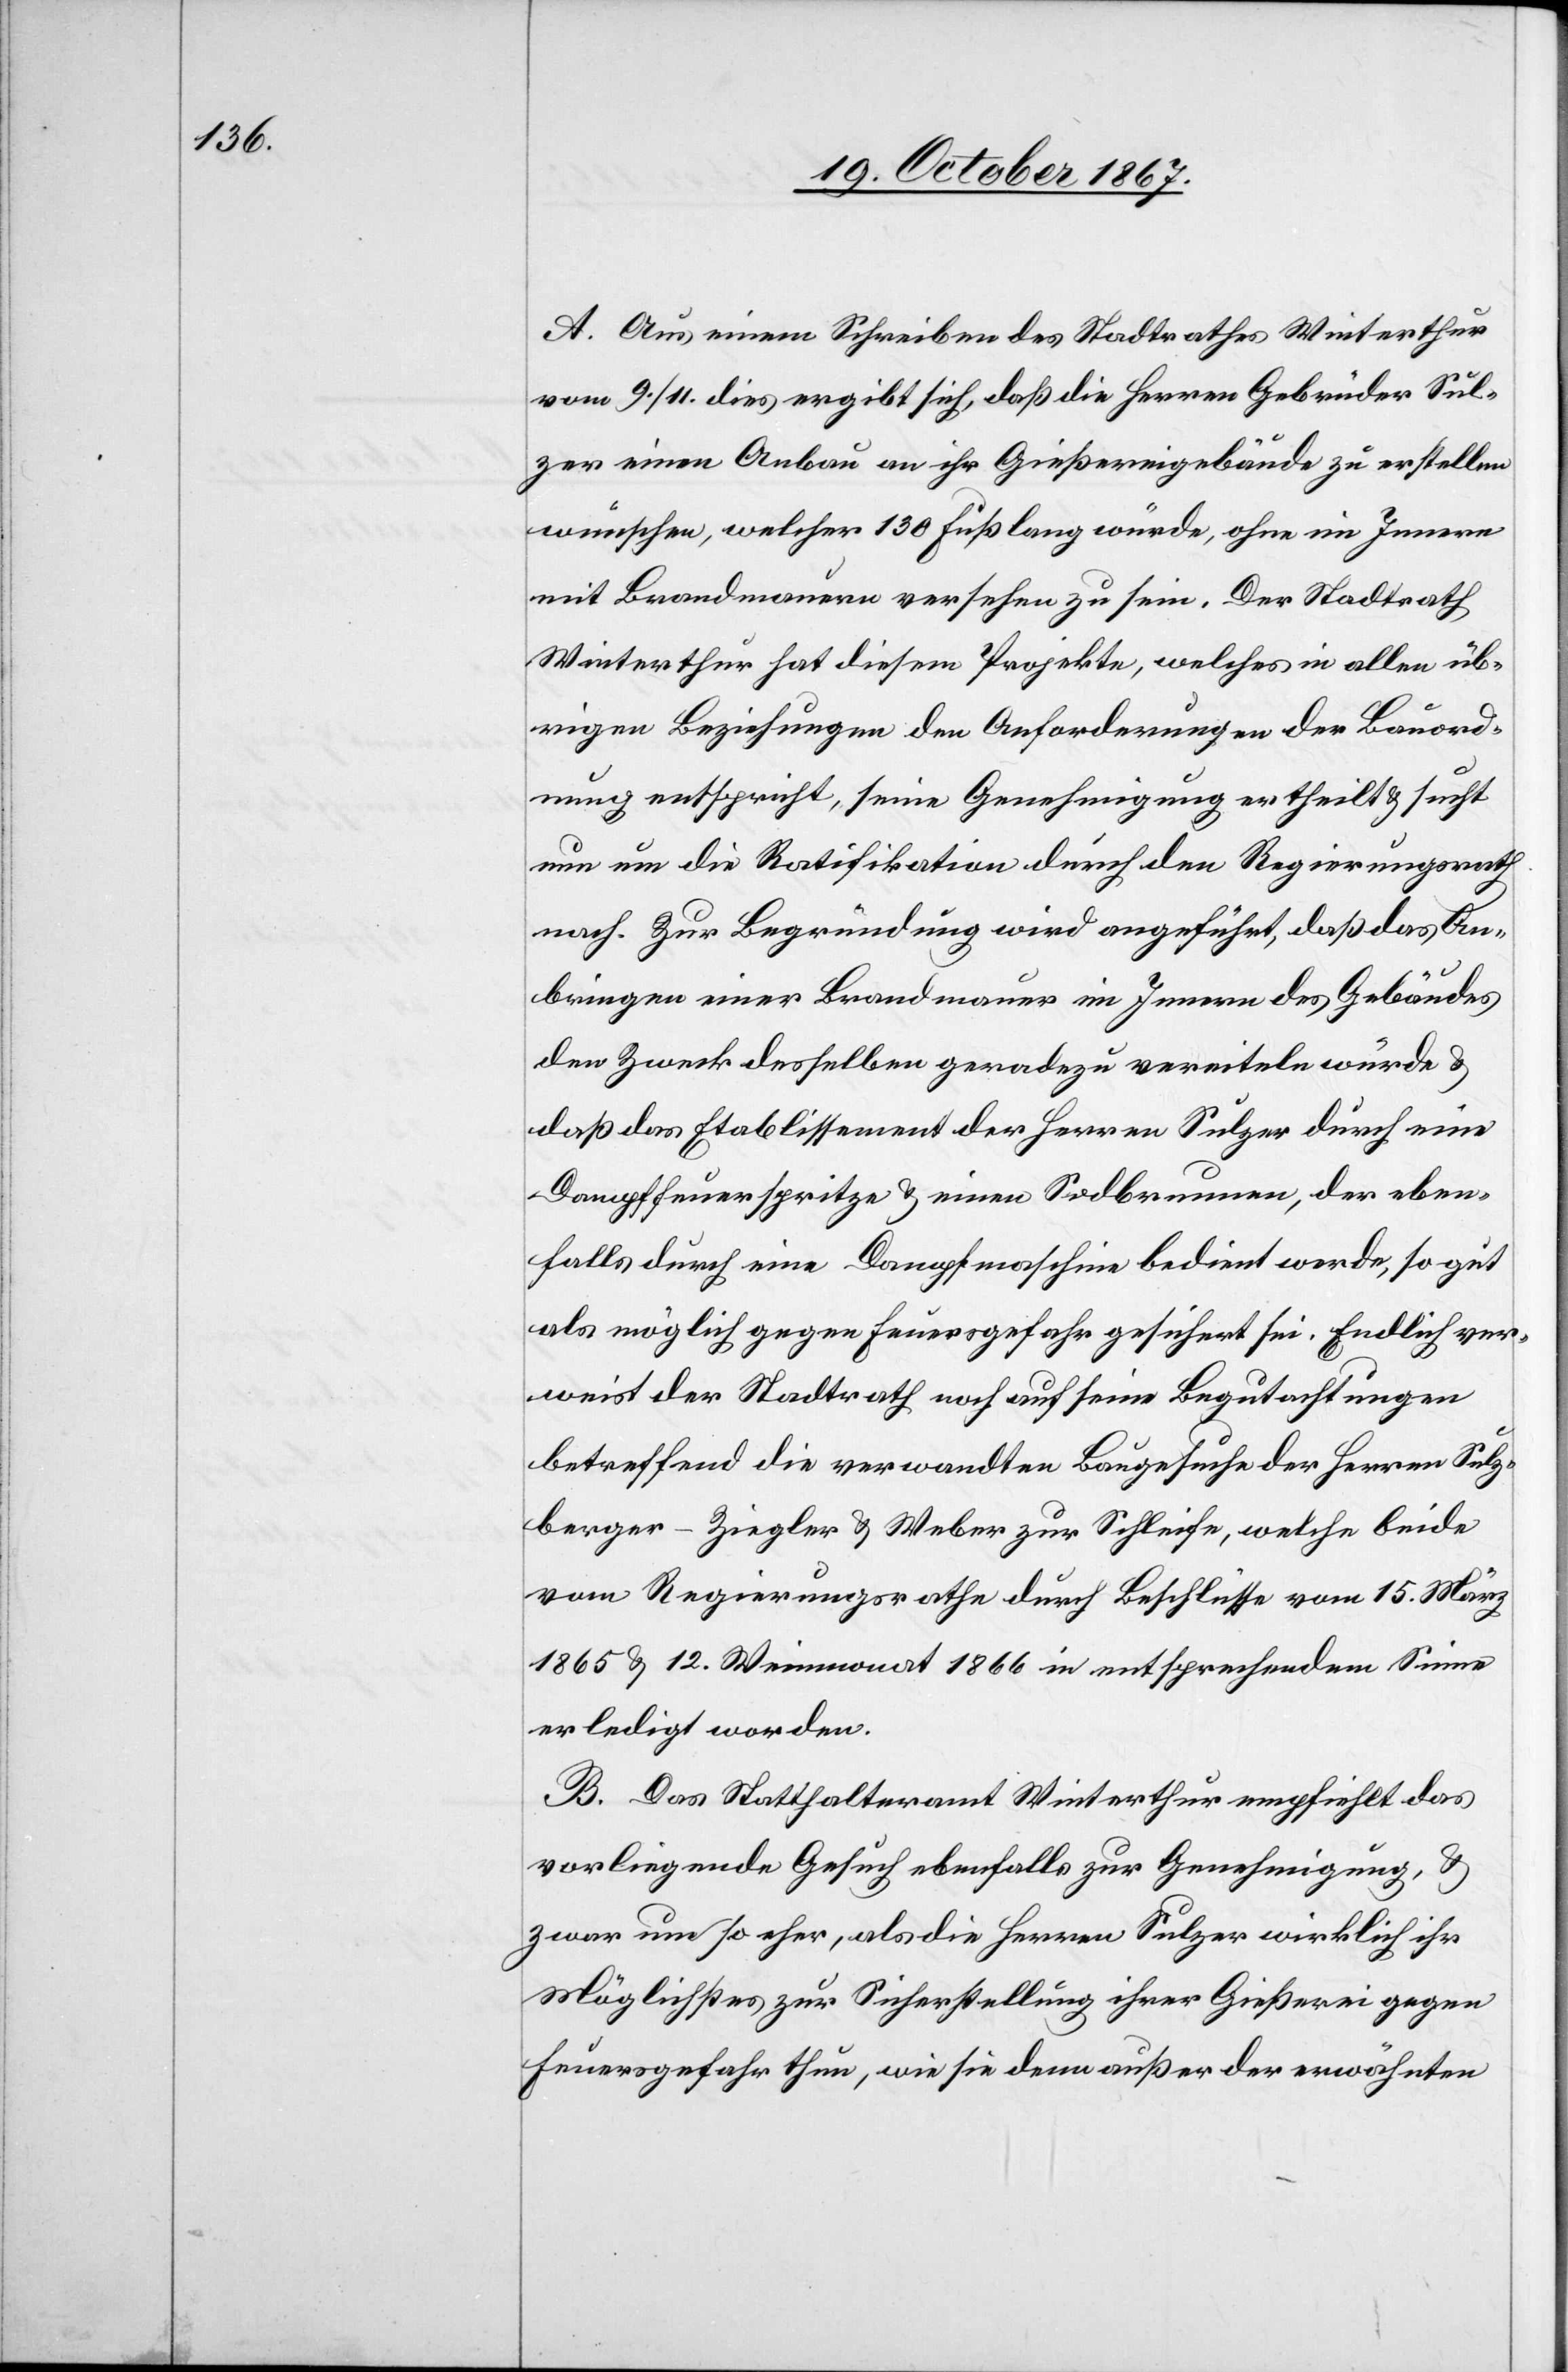
A. Aus einem Schreiben des Stadtrathes Winterthur
vom 9. / 11. dies ergibt sich, daß die Herren Gebrüder Sul¬
zer einen Anbau an ihr Gießereigebäude zu erstellen
wünschen, welcher 130 Fuß lang würde, ohne im Innern
mit Brandmauern versehen zu sein. Der Stadtrath
Winterthur hat diesem Projekte, welches in allen üb¬
rigen Beziehungen den Anforderungen der Bauord¬
nung entspricht, seine Genehmigung ertheilt u. sucht
nun um die Ratifikation durch den Regierungsrath
nach. Zur Begründung wird angeführt, daß das An¬
bringen einer Brandmauer im Innern des Gebäudes
den Zweck desselben geradezu vereiteln würde u.
daß das Etablissement der Herren Sulzer durch eine
Dampffeuerspritze u. einen Sodbrunnen, der eben¬
falls durch eine Dampfmaschine bedient werde, so gut
als möglich gegen Feuersgefahr gesichert sei. Endlich ver¬
weist der Stadtrath noch aus seine Begutachtungen
betreffend die verwandten Baugesuche der Herren Sulz¬
berger-Ziegler u. Weber zur Schleife, welche beide
vom Regierungsrathe durch Beschlüsse vom 15. März
1765 u. 12. Weinmonat 1866 in entsprechendem Sinne
erledigt worden.
B. Das Statthalteramt Winterthur empfiehlt das
vorliegende Gesuch ebenfalls zur Genehmigung, u.
zwar um so eher, als die Herren Sulzer wirklich ihr
Möglichstes zur Sicherstellung ihrer Gießerei gegen
Feuersgefahr thun, wie sie denn außer der erwähnten